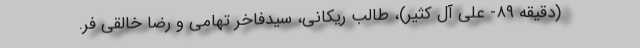
(دقیقه ۸۹- علی آل کثیر)، طالب ریکانی، سیدفاخر تهامی و رضا خالقی فر.